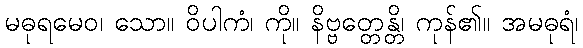
မဓုရမေဝ၊ သော။ ဝိပါကံ၊ ကို။ နိဗ္ဗတ္တေန္တိ၊ ကုန်၏။ အမဓုရံ၊